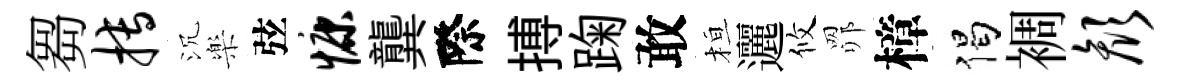
芻搏沉樂弦慷龔際搏踘敢桓邐攸𦊑樟偈裯颜